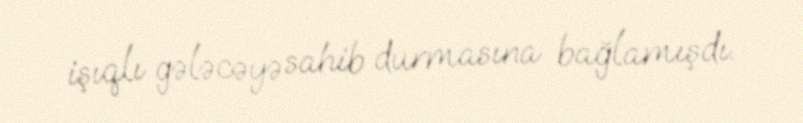
işıqlı gələcəyə sahib durmasına bağlamışdı.